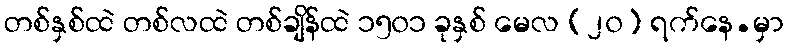
တစ်နှစ်ထဲ တစ်လထဲ တစ်ချိန်ထဲ ၁၅၀၁ ခုနှစ် မေလ (၂၀) ရက်နေ.မှာ